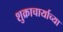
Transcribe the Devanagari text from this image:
शुक्राचार्याच्या